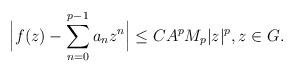
LaTeX: \begin{align*}\Big|f(z)-\sum_{n=0}^{p-1}a_nz^n \Big|\le CA^pM_{p}|z|^p,z\in G.\end{align*}